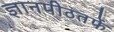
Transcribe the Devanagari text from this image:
ज्ञानपीठतर्फे